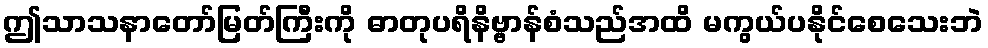
ဤသာသနာတော်မြတ်ကြီးကို ဓာတုပရိနိဗ္ဗာန်စံသည်အထိ မကွယ်ပနိုင်စေသေးဘဲ